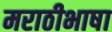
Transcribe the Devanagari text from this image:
मराठीभाषा